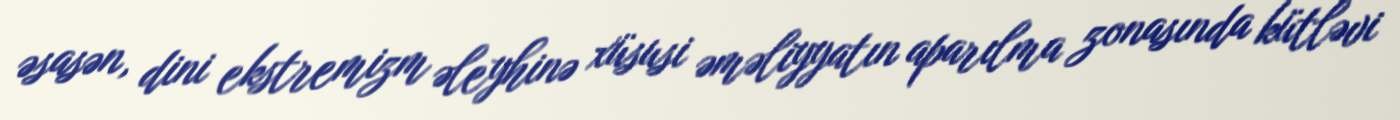
əsasən, dini ekstremizm əleyhinə xüsusi əməliyyatın aparılma zonasında kütləvi